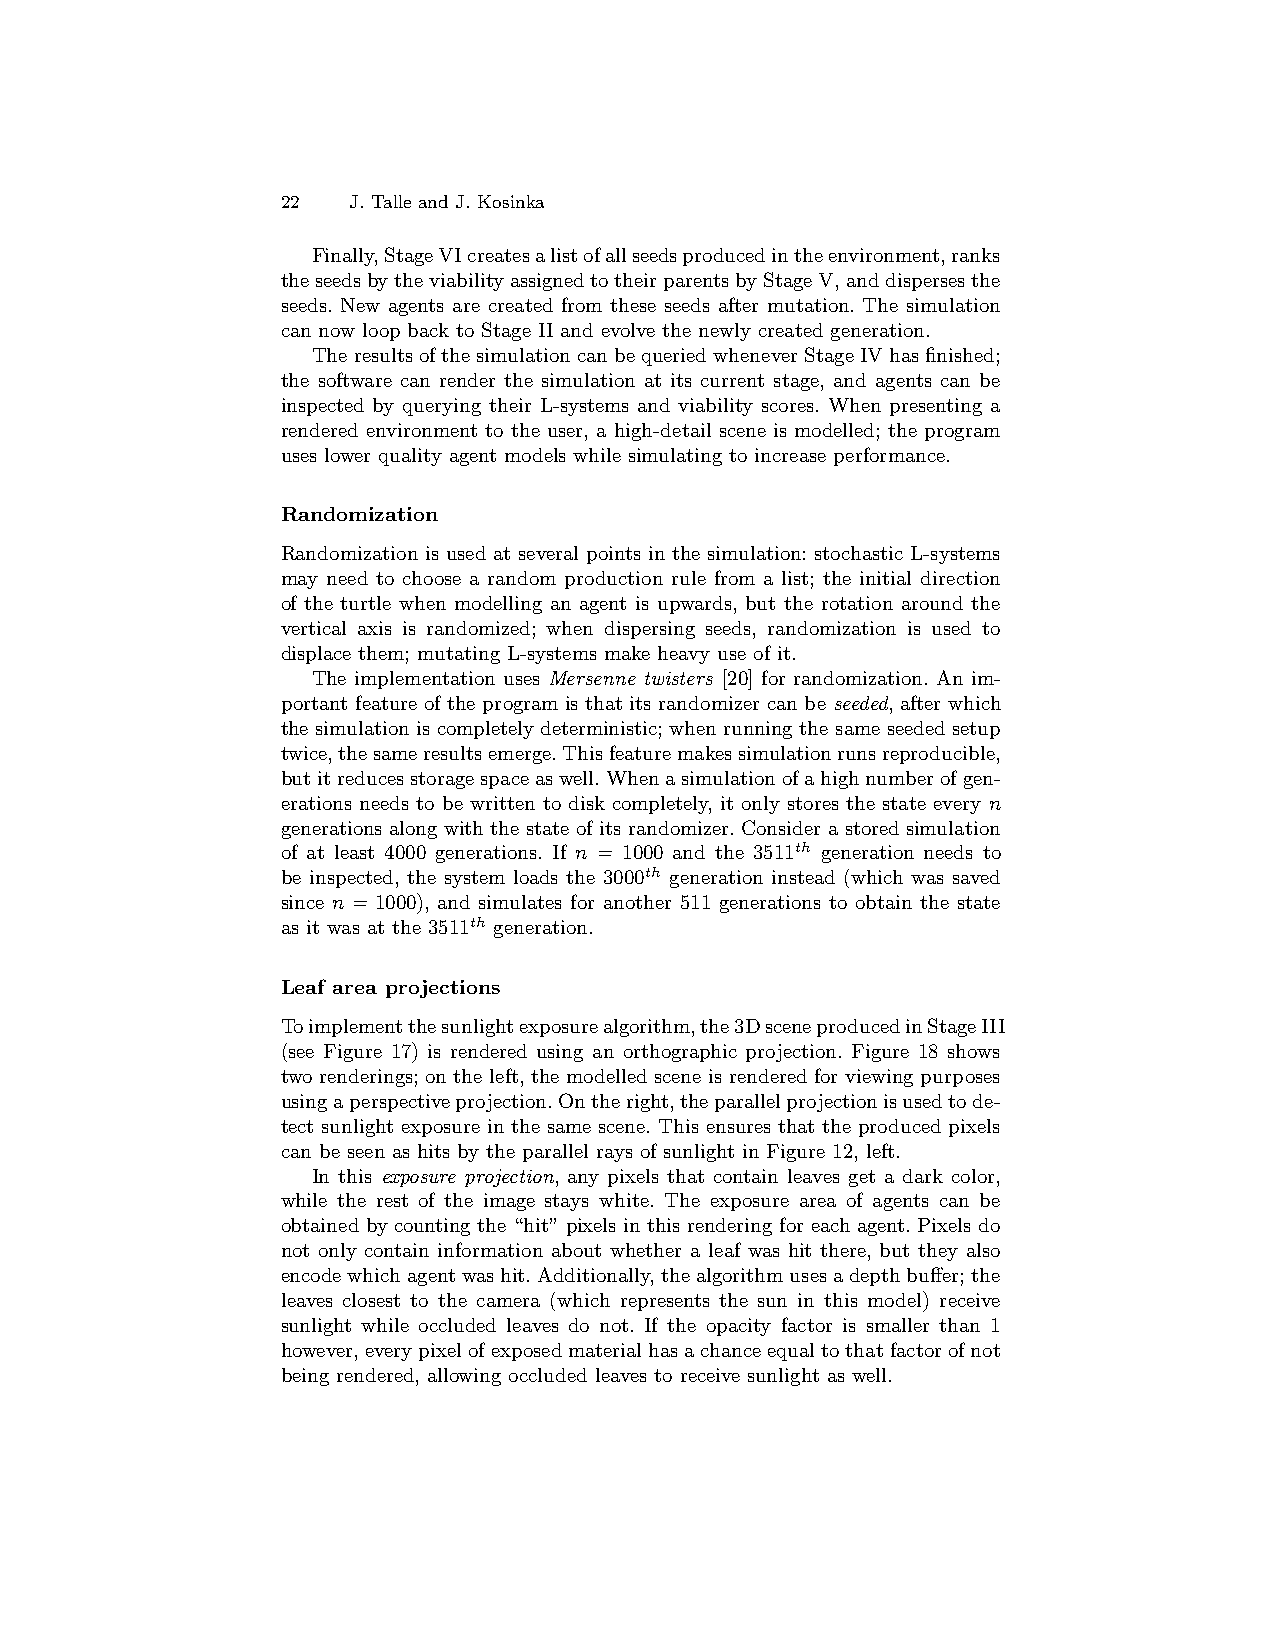
22  J. Talle and J. Kosinka
 Finally,StageVIcreatesalistofallseedsproducedintheenvironment,ranks
 theseedsbytheviabilityassignedtotheirparentsbyStageV,anddispersesthe
 seeds. New agents are created from these seeds after mutation. The simulation
 can now loop back to Stage II and evolve the newly created generation.
 TheresultsofthesimulationcanbequeriedwheneverStageIVhasfinished;
 the software can render the simulation at its current stage, and agents can be
 inspected by querying their L-systems and viability scores. When presenting a
 rendered environment to the user, a high-detail scene is modelled; the program
 uses lower quality agent models while simulating to increase performance.
 Randomization
 Randomization is used at several points in the simulation: stochastic L-systems
 may need to choose a random production rule from a list; the initial direction
 of the turtle when modelling an agent is upwards, but the rotation around the
 vertical axis is randomized; when dispersing seeds, randomization is used to
 displace them; mutating L-systems make heavy use of it.
 The implementation uses Mersenne twisters [20] for randomization. An im-
 portant feature of the program is that its randomizer can be seeded, after which
 the simulation is completely deterministic; when running the same seeded setup
 twice,thesameresultsemerge.Thisfeaturemakessimulationrunsreproducible,
 butitreducesstoragespaceaswell.Whenasimulationofahighnumberofgen-
 erations needs to be written to disk completely, it only stores the state every n
 generations along with the state of its randomizer. Consider a stored simulation
 of at least 4000 generations. If n = 1000 and the 3511th generation needs to
 be inspected, the system loads the 3000th generation instead (which was saved
 since n = 1000), and simulates for another 511 generations to obtain the state
 as it was at the 3511th generation.
 Leaf area projections
 Toimplementthesunlightexposurealgorithm,the3DsceneproducedinStageIII
 (see Figure 17) is rendered using an orthographic projection. Figure 18 shows
 two renderings; on the left, the modelled scene is rendered for viewing purposes
 usingaperspectiveprojection.Ontheright,theparallelprojectionisusedtode-
 tect sunlight exposure in the same scene. This ensures that the produced pixels
 can be seen as hits by the parallel rays of sunlight in Figure 12, left.
 In this exposure projection, any pixels that contain leaves get a dark color,
 while the rest of the image stays white. The exposure area of agents can be
 obtained by counting the “hit” pixels in this rendering for each agent. Pixels do
 not only contain information about whether a leaf was hit there, but they also
 encodewhichagentwashit.Additionally,thealgorithmusesadepthbuffer;the
 leaves closest to the camera (which represents the sun in this model) receive
 sunlight while occluded leaves do not. If the opacity factor is smaller than 1
 however,everypixelofexposedmaterialhasachanceequaltothatfactorofnot
 being rendered, allowing occluded leaves to receive sunlight as well.